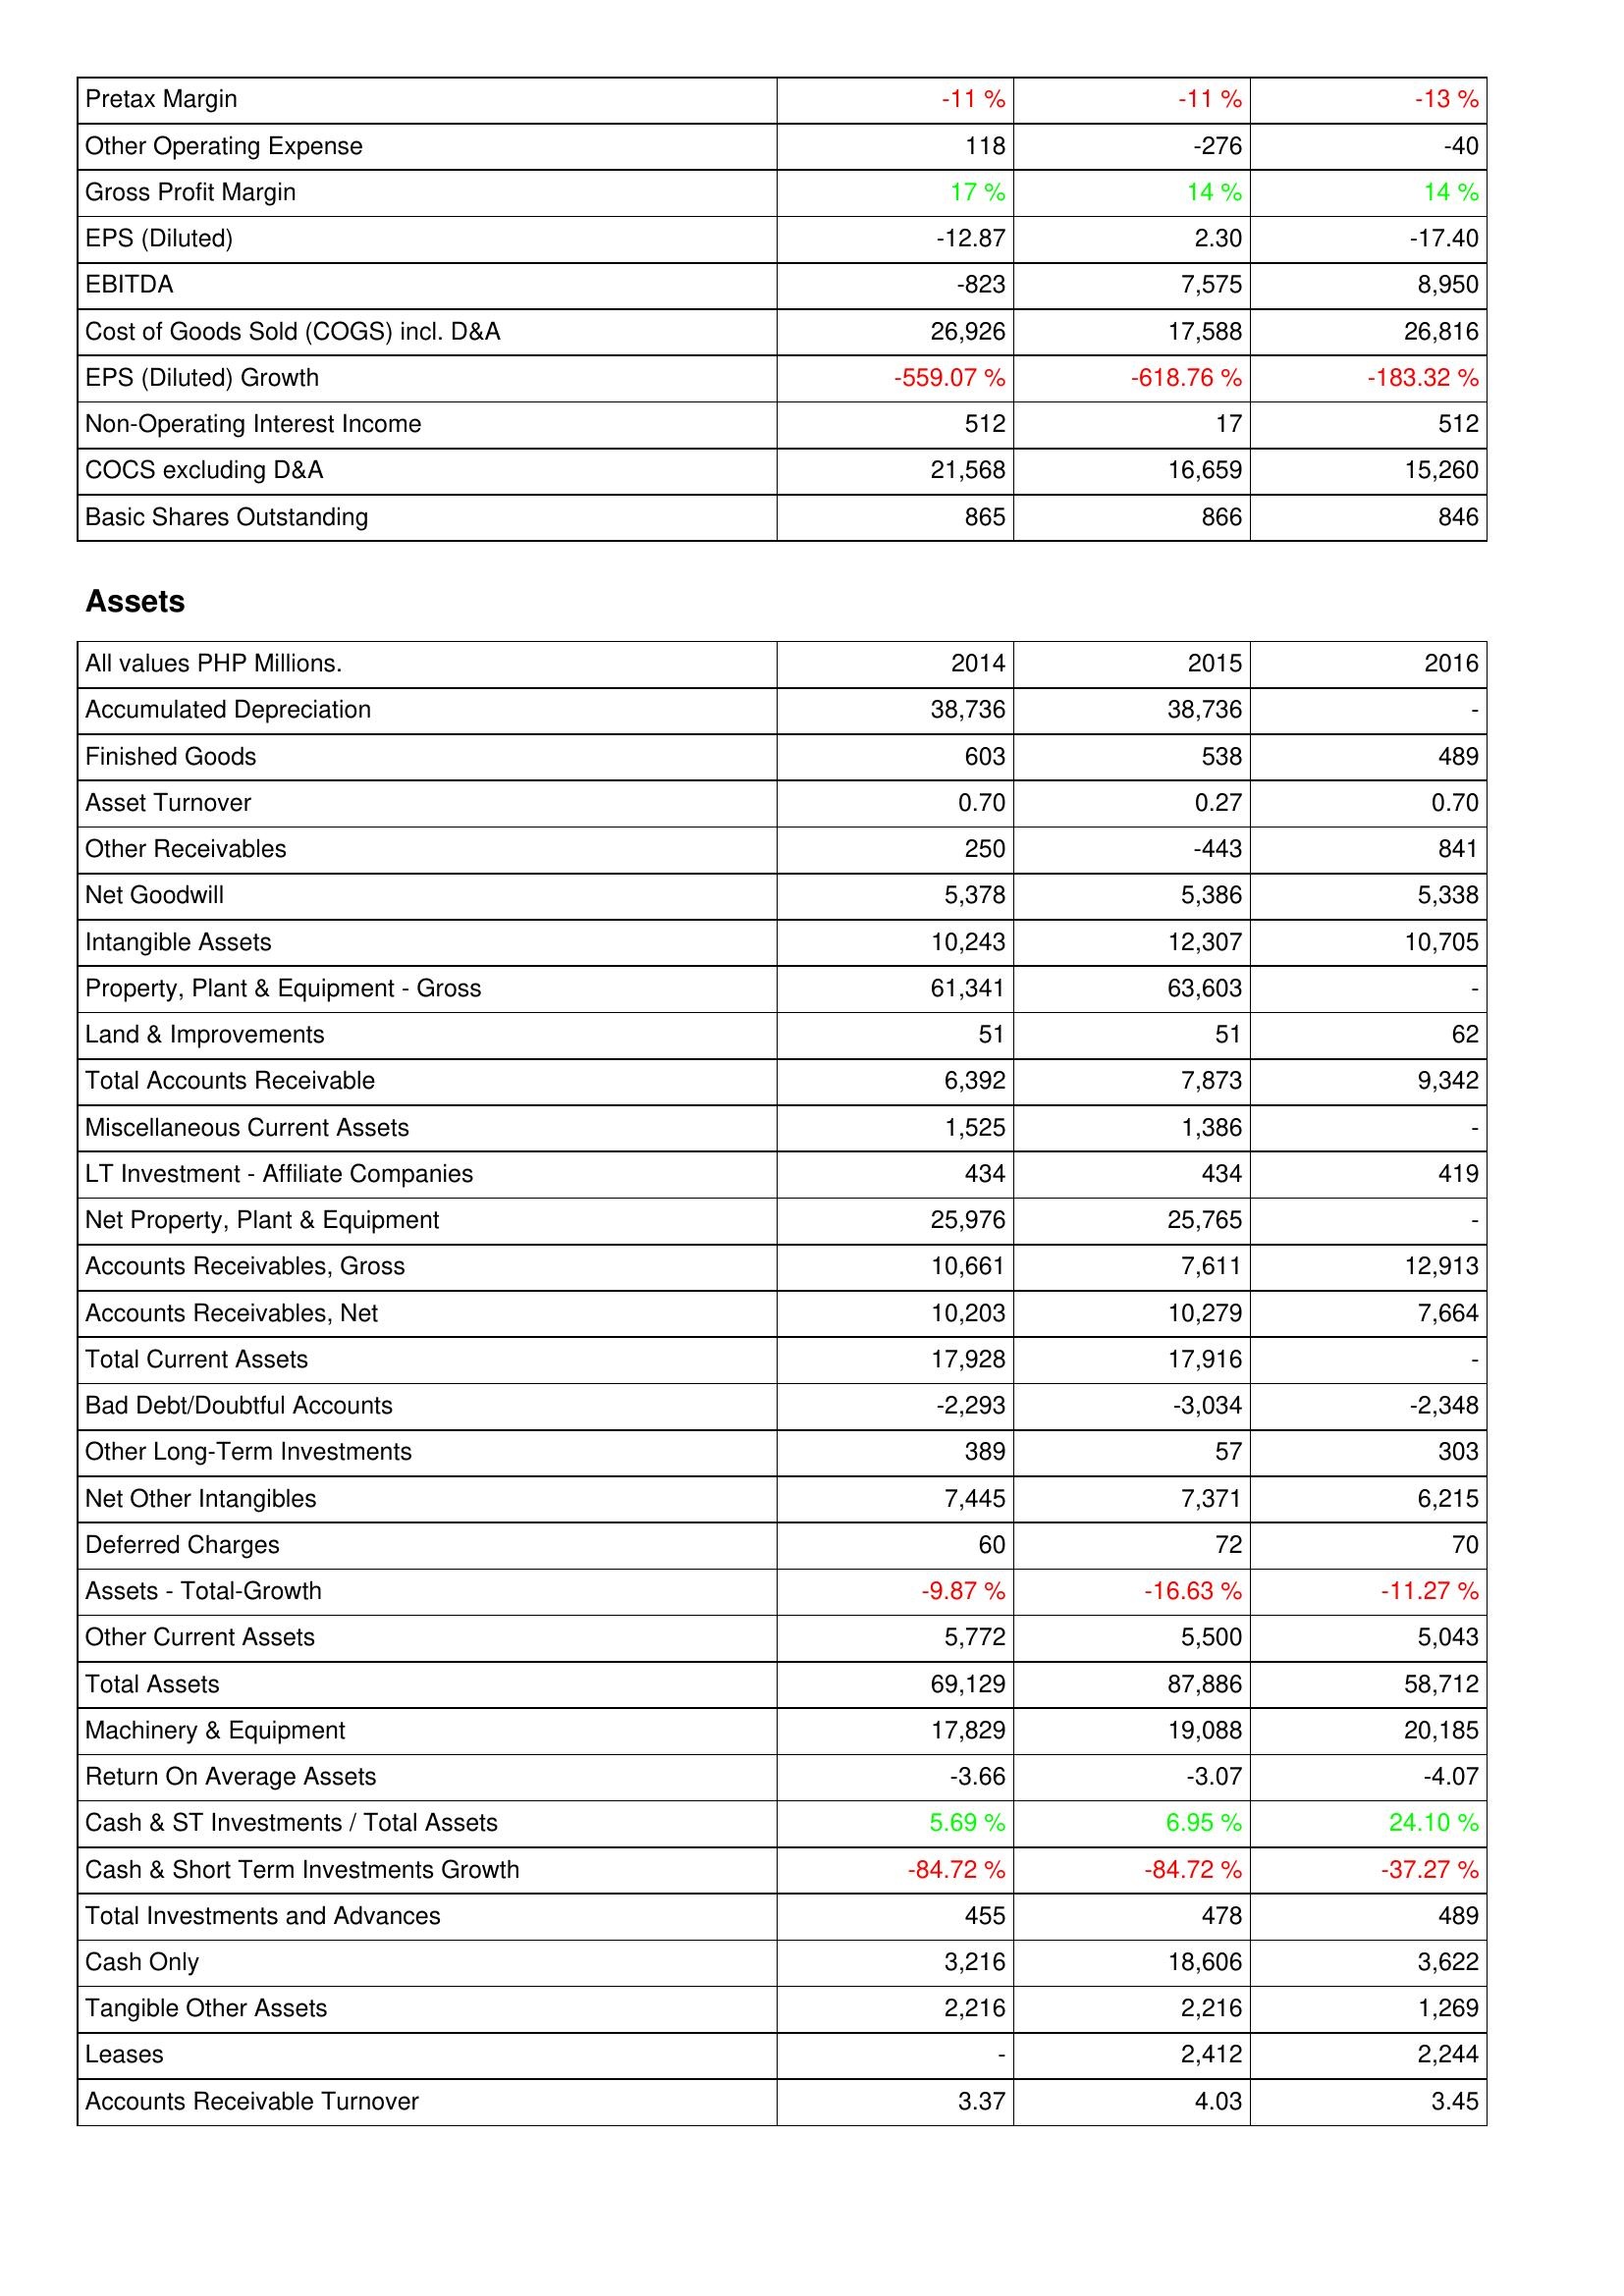
2014: Income Statement: Pretax Margin: -11 %
Other Operating Expense: 118
Gross Profit Margin: 17 %
EPS (Diluted): -12.87
EBITDA: -823
Cost of Goods Sold (COGS) incl. D&A: 26,926
EPS (Diluted) Growth: -559.07 %
Non-Operating Interest Income: 512
COCS excluding D&A: 21,568
Basic Shares Outstanding: 865
Assets: Accumulated Depreciation: 38,736
Finished Goods: 603
Asset Turnover: 0.70
Other Receivables: 250
Net Goodwill: 5,378
Intangible Assets: 10,243
Property, Plant & Equipment - Gross: 61,341
Land & Improvements: 51
Total Accounts Receivable: 6,392
Miscellaneous Current Assets: 1,525
LT Investment - Affiliate Companies: 434
Net Property, Plant & Equipment: 25,976
Accounts Receivables, Gross: 10,661
Accounts Receivables, Net: 10,203
Total Current Assets: 17,928
Bad Debt/Doubtful Accounts: -2,293
Other Long-Term Investments: 389
Net Other Intangibles: 7,445
Deferred Charges: 60
Assets - Total-Growth: -9.87 %
Other Current Assets: 5,772
Total Assets: 69,129
Machinery & Equipment: 17,829
Return On Average Assets: -3.66
Cash & ST Investments / Total Assets: 5.69 %
Cash & Short Term Investments Growth: -84.72 %
Total Investments and Advances: 455
Cash Only: 3,216
Tangible Other Assets: 2,216
Leases: -
Accounts Receivable Turnover: 3.37
2015: Income Statement: Pretax Margin: -11 %
Other Operating Expense: -276
Gross Profit Margin: 14 %
EPS (Diluted): 2.30
EBITDA: 7,575
Cost of Goods Sold (COGS) incl. D&A: 17,588
EPS (Diluted) Growth: -618.76 %
Non-Operating Interest Income: 17
COCS excluding D&A: 16,659
Basic Shares Outstanding: 866
Assets: Accumulated Depreciation: 38,736
Finished Goods: 538
Asset Turnover: 0.27
Other Receivables: -443
Net Goodwill: 5,386
Intangible Assets: 12,307
Property, Plant & Equipment - Gross: 63,603
Land & Improvements: 51
Total Accounts Receivable: 7,873
Miscellaneous Current Assets: 1,386
LT Investment - Affiliate Companies: 434
Net Property, Plant & Equipment: 25,765
Accounts Receivables, Gross: 7,611
Accounts Receivables, Net: 10,279
Total Current Assets: 17,916
Bad Debt/Doubtful Accounts: -3,034
Other Long-Term Investments: 57
Net Other Intangibles: 7,371
Deferred Charges: 72
Assets - Total-Growth: -16.63 %
Other Current Assets: 5,500
Total Assets: 87,886
Machinery & Equipment: 19,088
Return On Average Assets: -3.07
Cash & ST Investments / Total Assets: 6.95 %
Cash & Short Term Investments Growth: -84.72 %
Total Investments and Advances: 478
Cash Only: 18,606
Tangible Other Assets: 2,216
Leases: 2,412
Accounts Receivable Turnover: 4.03
2016: Income Statement: Pretax Margin: -13 %
Other Operating Expense: -40
Gross Profit Margin: 14 %
EPS (Diluted): -17.40
EBITDA: 8,950
Cost of Goods Sold (COGS) incl. D&A: 26,816
EPS (Diluted) Growth: -183.32 %
Non-Operating Interest Income: 512
COCS excluding D&A: 15,260
Basic Shares Outstanding: 846
Assets: Accumulated Depreciation: -
Finished Goods: 489
Asset Turnover: 0.70
Other Receivables: 841
Net Goodwill: 5,338
Intangible Assets: 10,705
Property, Plant & Equipment - Gross: -
Land & Improvements: 62
Total Accounts Receivable: 9,342
Miscellaneous Current Assets: -
LT Investment - Affiliate Companies: 419
Net Property, Plant & Equipment: -
Accounts Receivables, Gross: 12,913
Accounts Receivables, Net: 7,664
Total Current Assets: -
Bad Debt/Doubtful Accounts: -2,348
Other Long-Term Investments: 303
Net Other Intangibles: 6,215
Deferred Charges: 70
Assets - Total-Growth: -11.27 %
Other Current Assets: 5,043
Total Assets: 58,712
Machinery & Equipment: 20,185
Return On Average Assets: -4.07
Cash & ST Investments / Total Assets: 24.10 %
Cash & Short Term Investments Growth: -37.27 %
Total Investments and Advances: 489
Cash Only: 3,622
Tangible Other Assets: 1,269
Leases: 2,244
Accounts Receivable Turnover: 3.45